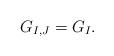
LaTeX: \begin{align*}G_{I,J} = G_I.\end{align*}